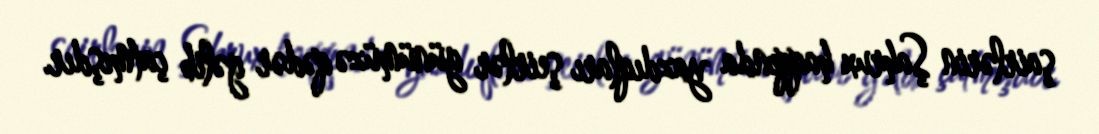
şairlərin Şahrux haqqında yazdıqları şeirlər günümüzə qədər gəlib çatmışdır.